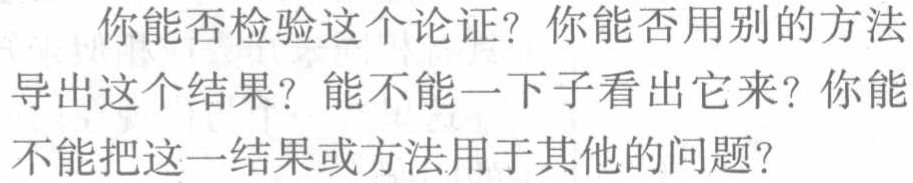
你能否检验这个论证？你能否用别的方法导出这个结果？能不能一下子看出它来？你能不能把这一结果或方法用于其他的问题？